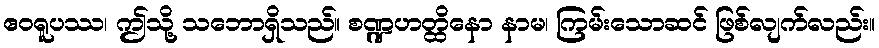
ဧဝရူပဿ၊ ဤသို့ သဘောရှိသည်။ စဏ္ဍဟတ္ထိနော နာမ၊ ကြမ်းသောဆင် ဖြစ်လျက်လည်း။